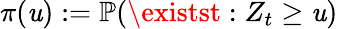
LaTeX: \pi(\mathit{u}):=\mathbb{{P}}(\existst:Z_{t}\geq\mathit{u})